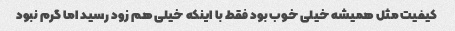
کیفیت مثل همیشه خیلی خوب بود فقط با اینکه خیلی هم زود رسید اما گرم نبود